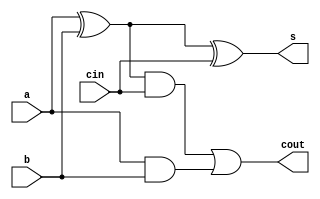
`timescale 1ns / 1ps
//////////////////////////////////////////////////////////////////////////////////
// Company: 
// Engineer: 
// 
// Design Name: 
// Module Name:    full_adder 
// Project Name: 
// Target Devices: 
// Tool versions: 
// Description: 
//
// Dependencies: 
//
// Revision: 
// Revision 0.01 - File Created
// Additional Comments: 
//
//////////////////////////////////////////////////////////////////////////////////
module full_adder(a,b,cin,s,cout);

input a,b,cin;
output s,cout;
wire z1,z2,z3;
xor(z1,a,b);
xor(s,z1,cin);
and(z2,z1,cin);
and(z3,a,b);
or(cout,z2,z3);

endmodule